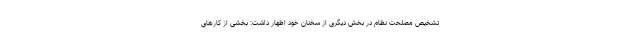
تشخیص مصلحت نظام در بخش دیگری از سخنان خود اظهار داشت: بخشی از کارهای